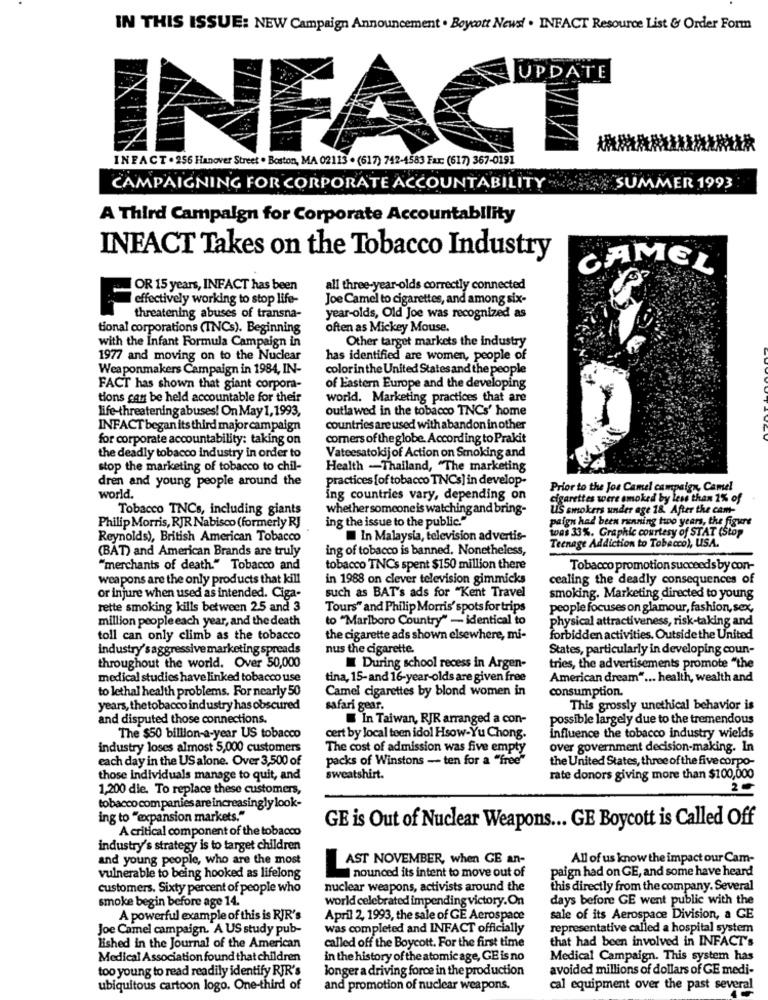
IN THIS ISSUE: NEW Campaign Announcement . Boycott News! . INFACT Resource List & Order Form
UPDATE
INFACT
INFACT . 256 Hanover Street . Boston, MA 02113 . (617) 742-4583 Fax: (617) 367-0191
CAMPAIGNING FOR CORPORATE ACCOUNTABILITY
SUMMER 1993
A Third Campaign for Corporate Accountability
INFACT Takes on the Tobacco Industry
CAMEL
OR 15 years, INFACT has been
all three-year-olds correctly connected
Joe Camel to cigarettes, and among six-
effectively working to stop life-
threatening abuses of transna-
year-olds, Old Joe was recognized as
tional corporations (INCs). Beginning
often as Mickey Mouse.
with the Infant Formula Campaign in
Other target markets the industry
1977 and moving on to the Nuclear
has identified are women, people of
Weaponmakers Campaign in 1984, IN-
color inthe United States and the people
FACT has shown that giant corpora-
of Eastern Europe and the developing
tions can be held accountable for their
world. Marketing practices that are
life-threatening abuses! On May 1,1993,
outlawed in the tobacco TNCs' home
INFACT began its third major campaign
countries are used with abandon in other
for corporate accountability: taking on
corners of theglobe. According to Prakit
the deadly tobacco industry in order to
Vateesatokijof Action on Smoking and
stop the marketing of tobacco to chil-
Health -Thailand, "The marketing
dren and young people around the
practices [of tobacco TNCs] in develop-
Prior to the Jos Camel campaign, Camel
world.
ing countries vary, depending on
cigarettes were smoked by less than 1% of
Tobacco TNCs, including giants
whether someone is watching and bring-
US smokers under age 18. After the cam-
ing the issue to the public."
paign had been running two years, the figure
Philip Morris, RJR Nabisco (formerly RJ
was 33%. Graphic courtesy of STAT (Stop
Reynolds), British American Tobacco
In Malaysia, television advertis-
(BAT) and American Brands are truly
ing of tobacco is banned. Nonetheless,
Teenage Addiction to Tobacco), USA.
"merchants of death." Tobacco and
tobacco TNCs spent $150 million there
Tobacco promotion succeeds by con-
weapons are the only products that kill
in 1988 on clever television gimmicks
cealing the deadly consequences of
such as BAT's ads for "Kent Travel
or injure when used as intended. Ciga-
smoking. Marketing directed to young
rette smoking kills between 25 and 3
Tours" and Philip Morris' spots for trips
people focuses on glamour, fashion, sex,
million people each year, and the death
to "Marlboro Country" - identical to
physical attractiveness, risk-taking and
toll can only climb as the tobacco
the cigarette ads shown elsewhere, mi-
forbidden activities. Outside the United
industry's aggressive marketing spreads
nus the cigarette
States, particularly in developing coun-
throughout the world. Over 50,000
During school recess in Argen-
tries, the advertisements promote "the
medical studies have linked tobacco use
tina, 15-and 16-year-olds are given free
American dream" ... health, wealth and
to lethal health problems. For nearly 50
Camel cigarettes by blond women in
consumption.
years, the tobacco industry has obscured
safari gear.
This grossly unethical behavior is
and disputed those connections.
In Taiwan, RJR arranged a con-
possible largely due to the tremendous
The $50 billion-a-year US tobacco
cert by local teen idol Hsow-Yu Chong.
influence the tobacco industry wields
industry loses almost 5,000 customers
The cost of admission was five empty
over government decision-making. In
each day in the US alone. Over 3,500 of
packs of Winstons - ten for a "free"
the United States, three of the five corpo-
those individuals manage to quit, and
sweatshirt.
rate donors giving more than $100,000
1,200 die. To replace these customers,
2-
tobacco companies are increasingly look-
ing to "expansion markets."
A critical component of the tobacco
GE is Out of Nuclear Weapons ... GE Boycott is Called Off
industry's strategy is to target children
and young people, who are the most
All of us know the impact our Cam-
AST NOVEMBER, when GE an-
nounced its intent to move out of
paign had on GE, and some have heard
vulnerable to being hooked as lifelong
customers. Sixty percent of people who
nuclear weapons, activists around the
this directly from the company. Several
smoke begin before age 14.
world celebrated impending victory.On
days before GE went public with the
A powerful example of this is RJR's
April 2, 1993, the sale of GE Aerospace
sale of its Aerospace Division, a GE
Joe Camel campaign. A US study pub-
was completed and INFACT officially
representative called a hospital system
called off the Boycott. For the first time
that had been involved in INFACT's
lished in the Journal of the American
Medical Association found that children
in the history of the atomic age, GE is no
Medical Campaign. This system has
too young to read readily identify RER's
longer a driving force in the production
avoided millions of dollars of GE medi-
ubiquitous cartoon logo. One-third of
and promotion of nuclear weapons.
cal equipment over the past several